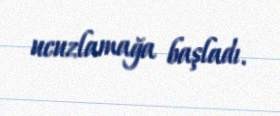
ucuzlamağa başladı.